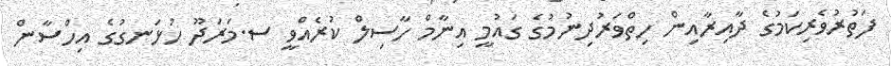
ފަތުރުވެރިކަމުގެ ދާއިރާއިން ހިތްވަރުދިނުމުގެ ގައުމީ އިނާމް ހާސިލް ކުރެއްވީ ސ.މަރަދޫ ހުޅަނގުގެ އިހްސާން